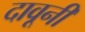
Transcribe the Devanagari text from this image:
दावूनी